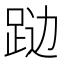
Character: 𲃦